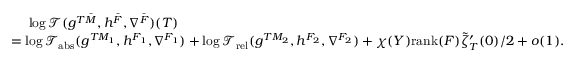
\begin{array} { r l } & { \ \ \ \ \log \mathcal { T } ( g ^ { T \bar { M } } , h ^ { \bar { F } } , \nabla ^ { \bar { F } } ) ( T ) } \\ & { = \log \mathcal { T } _ { \mathrm { a b s } } ( g ^ { T M _ { 1 } } , h ^ { F _ { 1 } } , \nabla ^ { F _ { 1 } } ) + \log \mathcal { T } _ { \mathrm { r e l } } ( g ^ { T M _ { 2 } } , h ^ { F _ { 2 } } , \nabla ^ { F _ { 2 } } ) + \chi ( Y ) \mathrm { r a n k } ( F ) \tilde { \zeta } _ { T } ^ { \prime } ( 0 ) / 2 + o ( 1 ) . } \end{array}